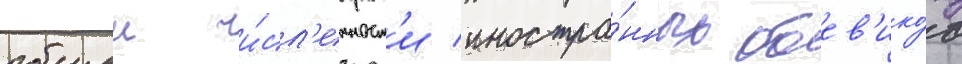
общеи чи́сл'енност'и иностра́нных боев'ико́в